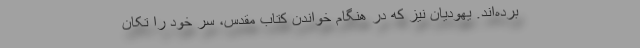
برده‌اند. یهودیان نیز که در هنگام خواندن کتاب مقدس، سر خود را تکان